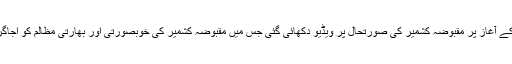
بریفنگ کے آغاز پر مقبوضہ کشمیر کی صورتحال پر ویڈیو دکھائی گئی جس میں مقبوضہ کشمیر کی خوبصورتی اور بھارتی مظالم کو اجاگر کیا گیا۔